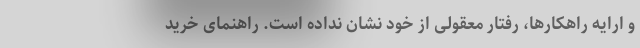
و ارایه راهکارها، رفتار معقولی از خود نشان نداده است. راهنمای خرید